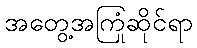
အတွေ့အကြုံဆိုင်ရာ